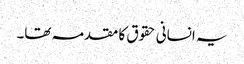
یہ انسانی حقوق کا مقدمہ تھا۔